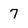
Character: 7